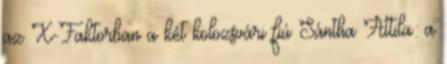
az X-Faktorban a két kolozsvári fiú Sántha Attila: a